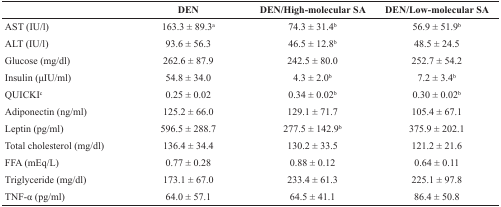
|  | DEN | DEN/High-molecular SA | DEN/Low-molecular SA |
 | --- | --- | --- | --- |
 | AST (IU/l) | 163.3 ± 89.3a | 74.3 ± 31.4b | 56.9 ± 51.9b |
 | ALT (IU/l) | 93.6 ± 56.3 | 46.5 ± 12.8b | 48.5 ± 24.5 |
 | Glucose (mg/dl) | 262.6 ± 87.9 | 242.5 ± 80.0 | 252.7 ± 54.2 |
 | Insulin (μIU/ml) | 54.8 ± 34.0 | 4.3 ± 2.0b | 7.2 ± 3.4b |
 | QUICKIc | 0.25 ± 0.02 | 0.34 ± 0.02b | 0.30 ± 0.02b |
 | Adiponectin (ng/ml) | 125.2 ± 66.0 | 129.1 ± 71.7 | 105.4 ± 67.1 |
 | Leptin (pg/ml) | 596.5 ± 288.7 | 277.5 ± 142.9b | 375.9 ± 202.1 |
 | Total cholesterol (mg/dl) | 136.4 ± 34.4 | 130.2 ± 33.5 | 121.2 ± 21.6 |
 | FFA (mEq/L) | 0.77 ± 0.28 | 0.88 ± 0.12 | 0.64 ± 0.11 |
 | Triglyceride (mg/dl) | 173.1 ± 67.0 | 233.4 ± 61.3 | 225.1 ± 97.8 |
 | TNF-α (pg/ml) | 64.0 ± 57.1 | 64.5 ± 41.1 | 86.4 ± 50.8 |